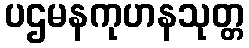
ပဌမနကုဟနသုတ္တ